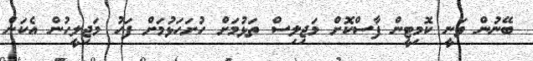
ބޭނުން ވަނީ ކޮމިޓީން ފާސްކޮށް މަޖިލިސް ތަޅުމަށް ހުށަހަޅުމަށް ފަހު މަޖިލީހުން އެކަން